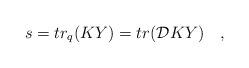
LaTeX: \begin{align*}s= tr_q(KY)=tr ({\cal D}KY) \quad,\end{align*}